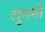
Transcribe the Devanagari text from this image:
लुनगी